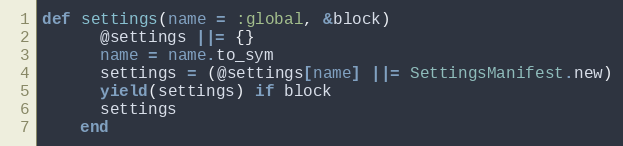
Language: Ruby
def settings(name = :global, &block)
      @settings ||= {}
      name = name.to_sym
      settings = (@settings[name] ||= SettingsManifest.new)
      yield(settings) if block
      settings
    end